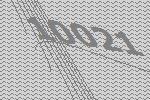
10021